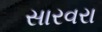
સારવરા